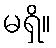
မရှိ။